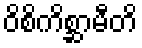
ဝိစိကိစ္ဆာမီတိ